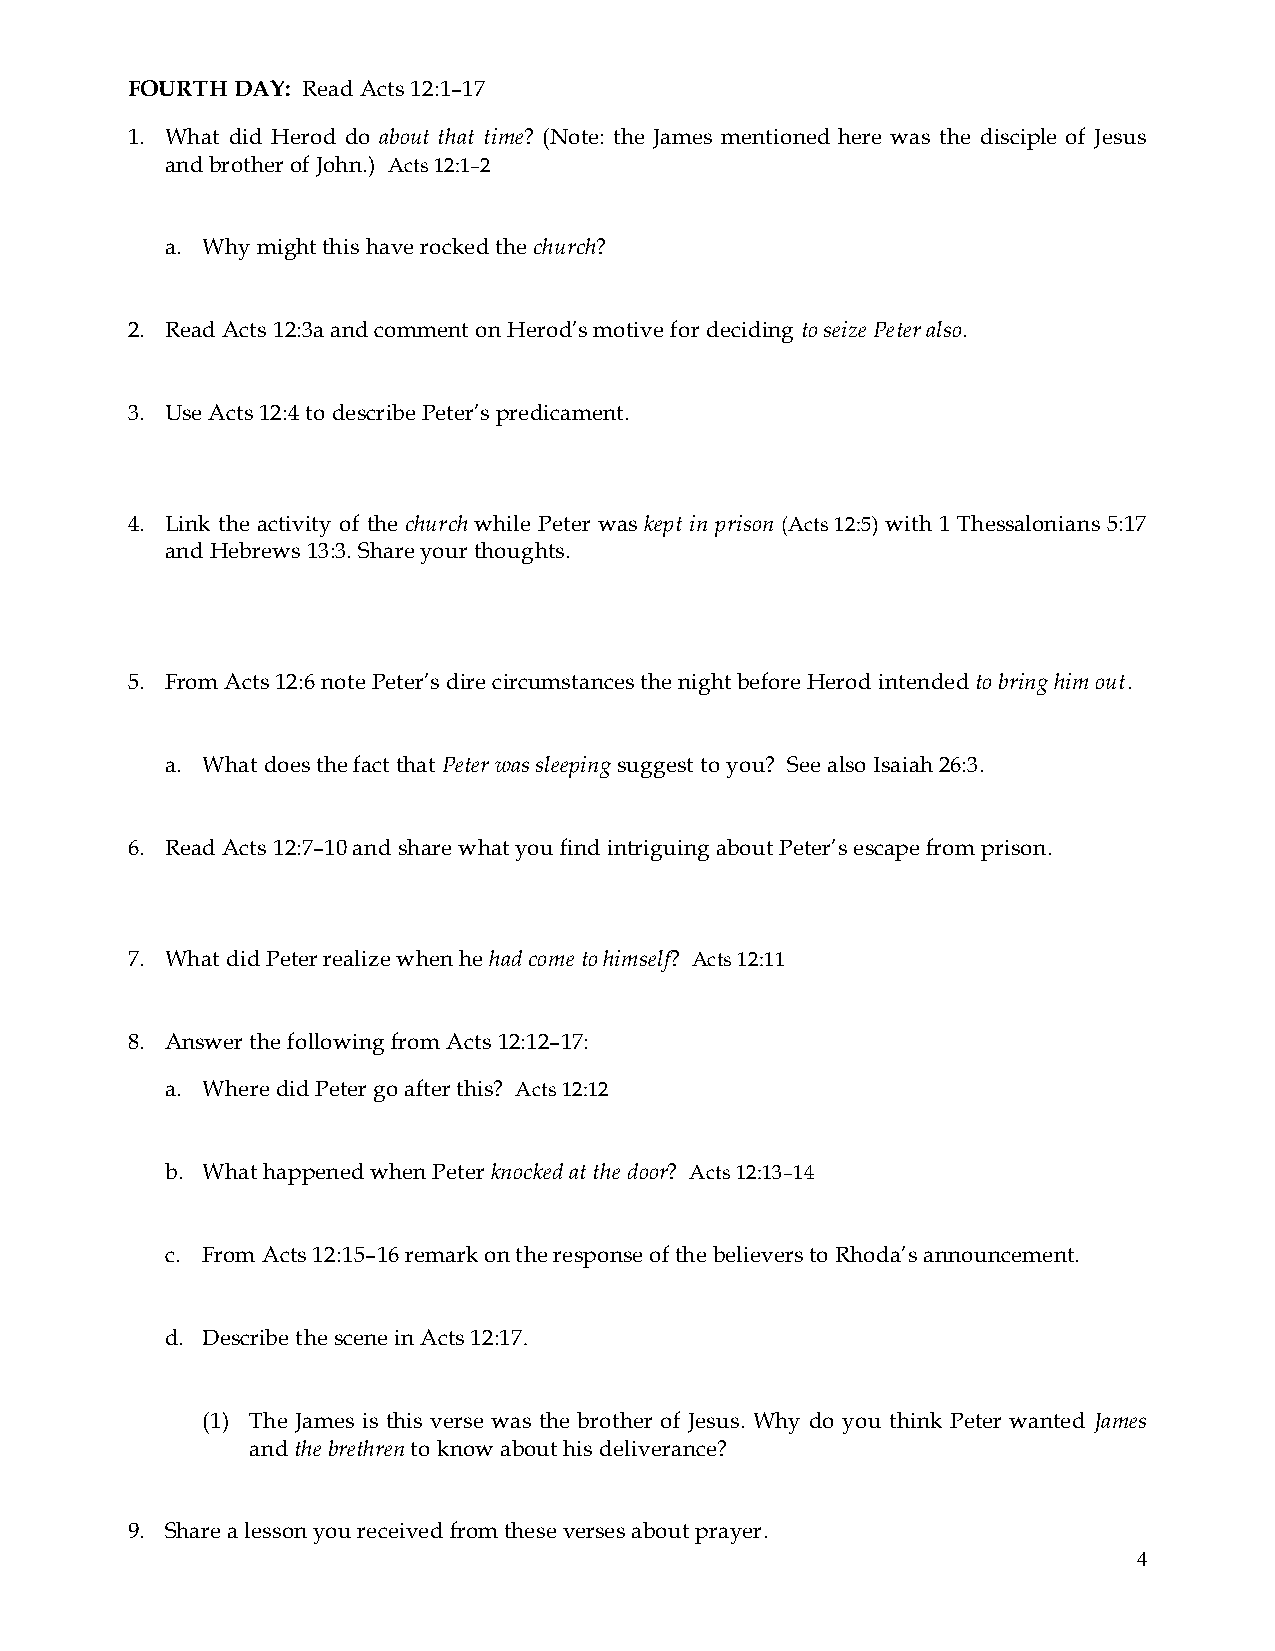
FOURTH DAY: Read Acts 12:1–17
 1. What did Herod do about that time? (Note: the James mentioned here was the disciple of Jesus
 and brother of John.) Acts 12:1–2
 a. Why might this have rocked the church?
 2. Read Acts 12:3a and comment on Herod’s motive for deciding to seize Peter also.
 3. Use Acts 12:4 to describe Peter’s predicament.
 4. Link the activity of the church while Peter was kept in prison (Acts 12:5) with 1 Thessalonians 5:17
 and Hebrews 13:3. Share your thoughts.
 5. From Acts 12:6 note Peter’s dire circumstances the night before Herod intended to bring him out.
 a. What does the fact that Peter was sleeping suggest to you? See also Isaiah 26:3.
 6. Read Acts 12:7–10 and share what you find intriguing about Peter’s escape from prison.
 7. What did Peter realize when he had come to himself? Acts 12:11
 8. Answer the following from Acts 12:12–17:
 a. Where did Peter go after this? Acts 12:12
 b. What happened when Peter knocked at the door? Acts 12:13–14
 c. From Acts 12:15–16 remark on the response of the believers to Rhoda’s announcement.
 d. Describe the scene in Acts 12:17.
 (1) The James is this verse was the brother of Jesus. Why do you think Peter wanted James
 and the brethren to know about his deliverance?
 9. Share a lesson you received from these verses about prayer.
 4